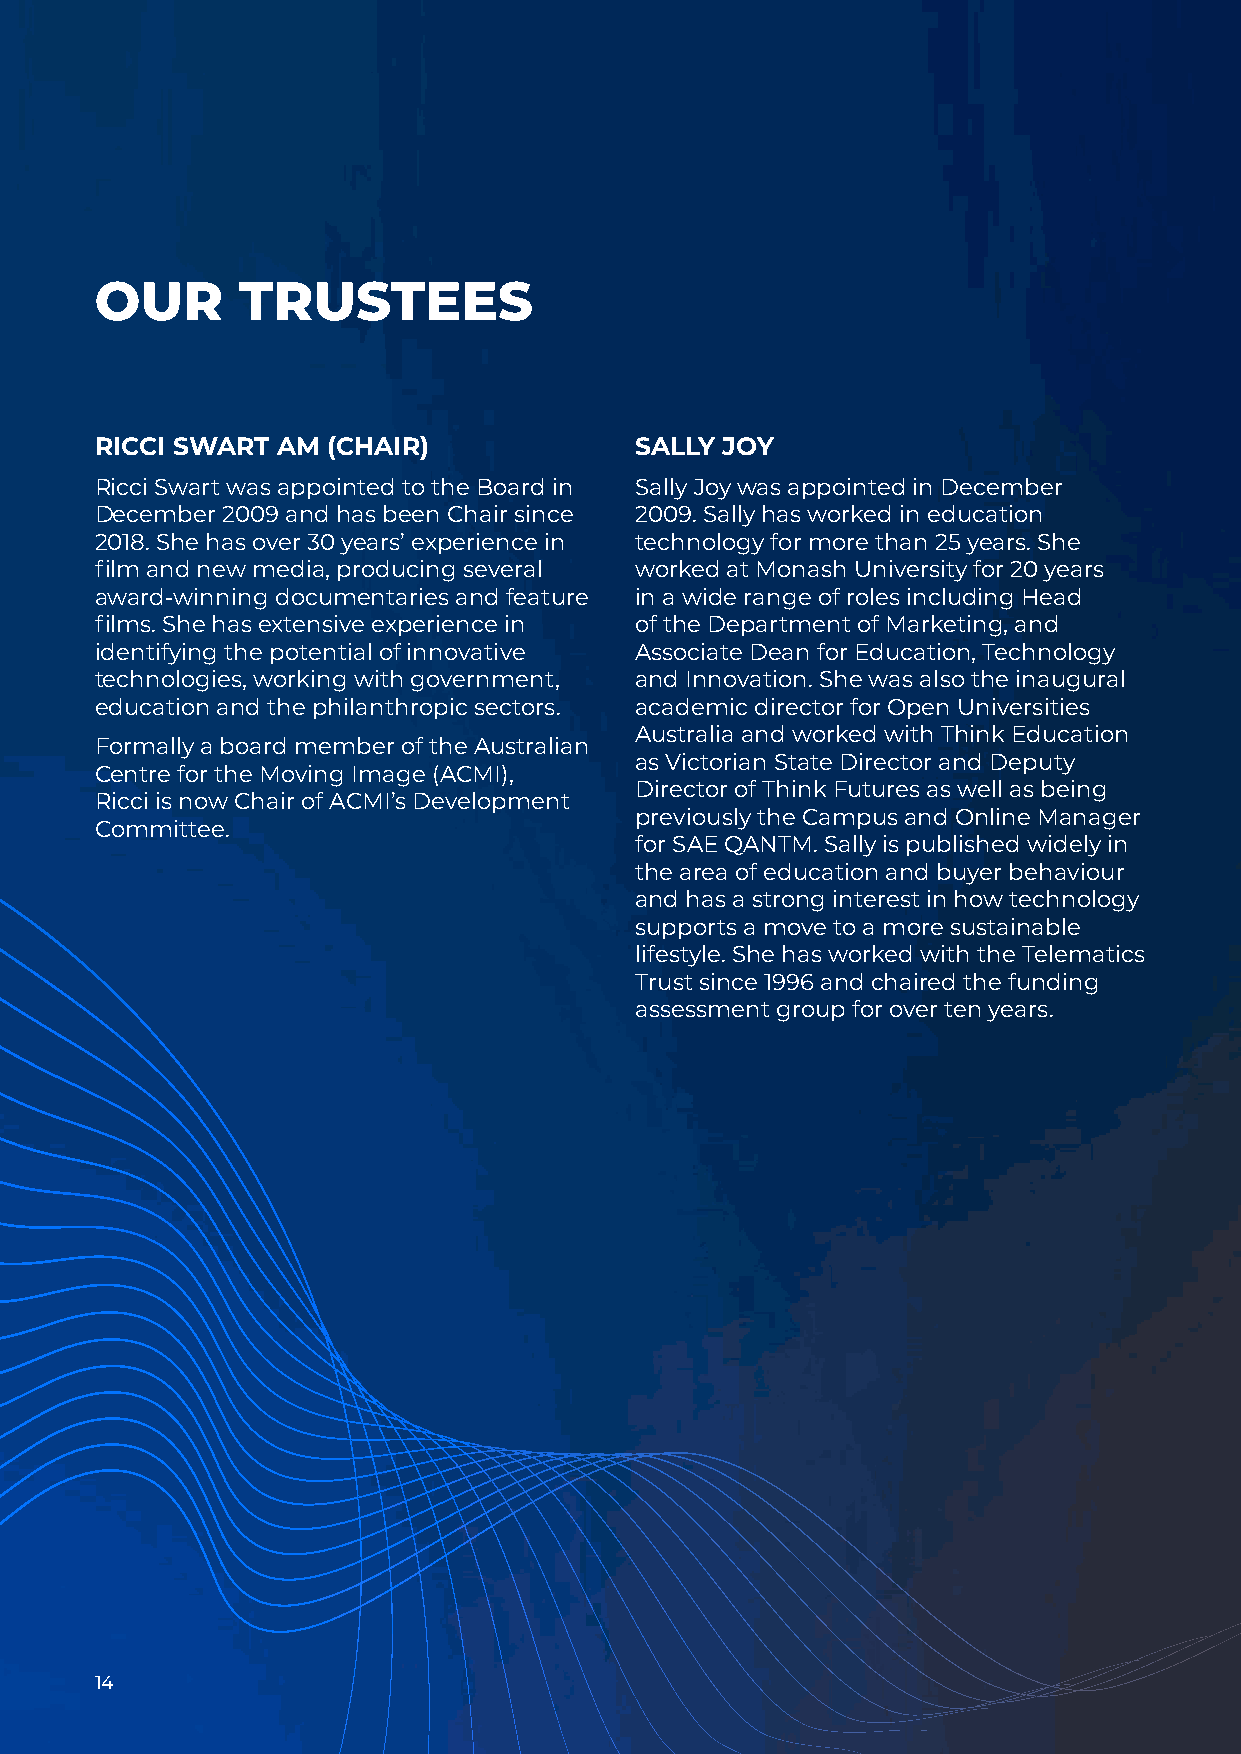
OUR       TRUSTEES
 RICCI SWART AM  (CHAIR)             SALLY JOY
 Ricci Swart was appointed to the Board in Sally Joy was appointed in December
 December 2009 and has been Chair since 2009. Sally has worked in education
 2018. She has over 30 years’ experience in technology for more than 25 years. She
 film and new media, producing several worked at Monash University for 20 years
 award-winning documentaries and feature in a wide range of roles including Head
 films. She has extensive experience in of the Department of Marketing, and
 identifying the potential of innovative Associate Dean for Education, Technology
 technologies, working with government, and Innovation. She was also the inaugural
 education and the philanthropic sectors. academic director for Open Universities
 Australia and worked with Think Education
 Formally a board member of the Australian
 as Victorian State Director and Deputy
 Centre for the Moving Image (ACMI),
 Director of Think Futures as well as being
 Ricci is now Chair of ACMI’s Development
 previously the Campus and Online Manager
 Committee.
 for SAE QANTM. Sally is published widely in
 the area of education and buyer behaviour
 and has a strong interest in how technology
 supports a move to a more sustainable
 lifestyle. She has worked with the Telematics
 Trust since 1996 and chaired the funding
 assessment group for over ten years.
 1144